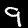
Label: 9